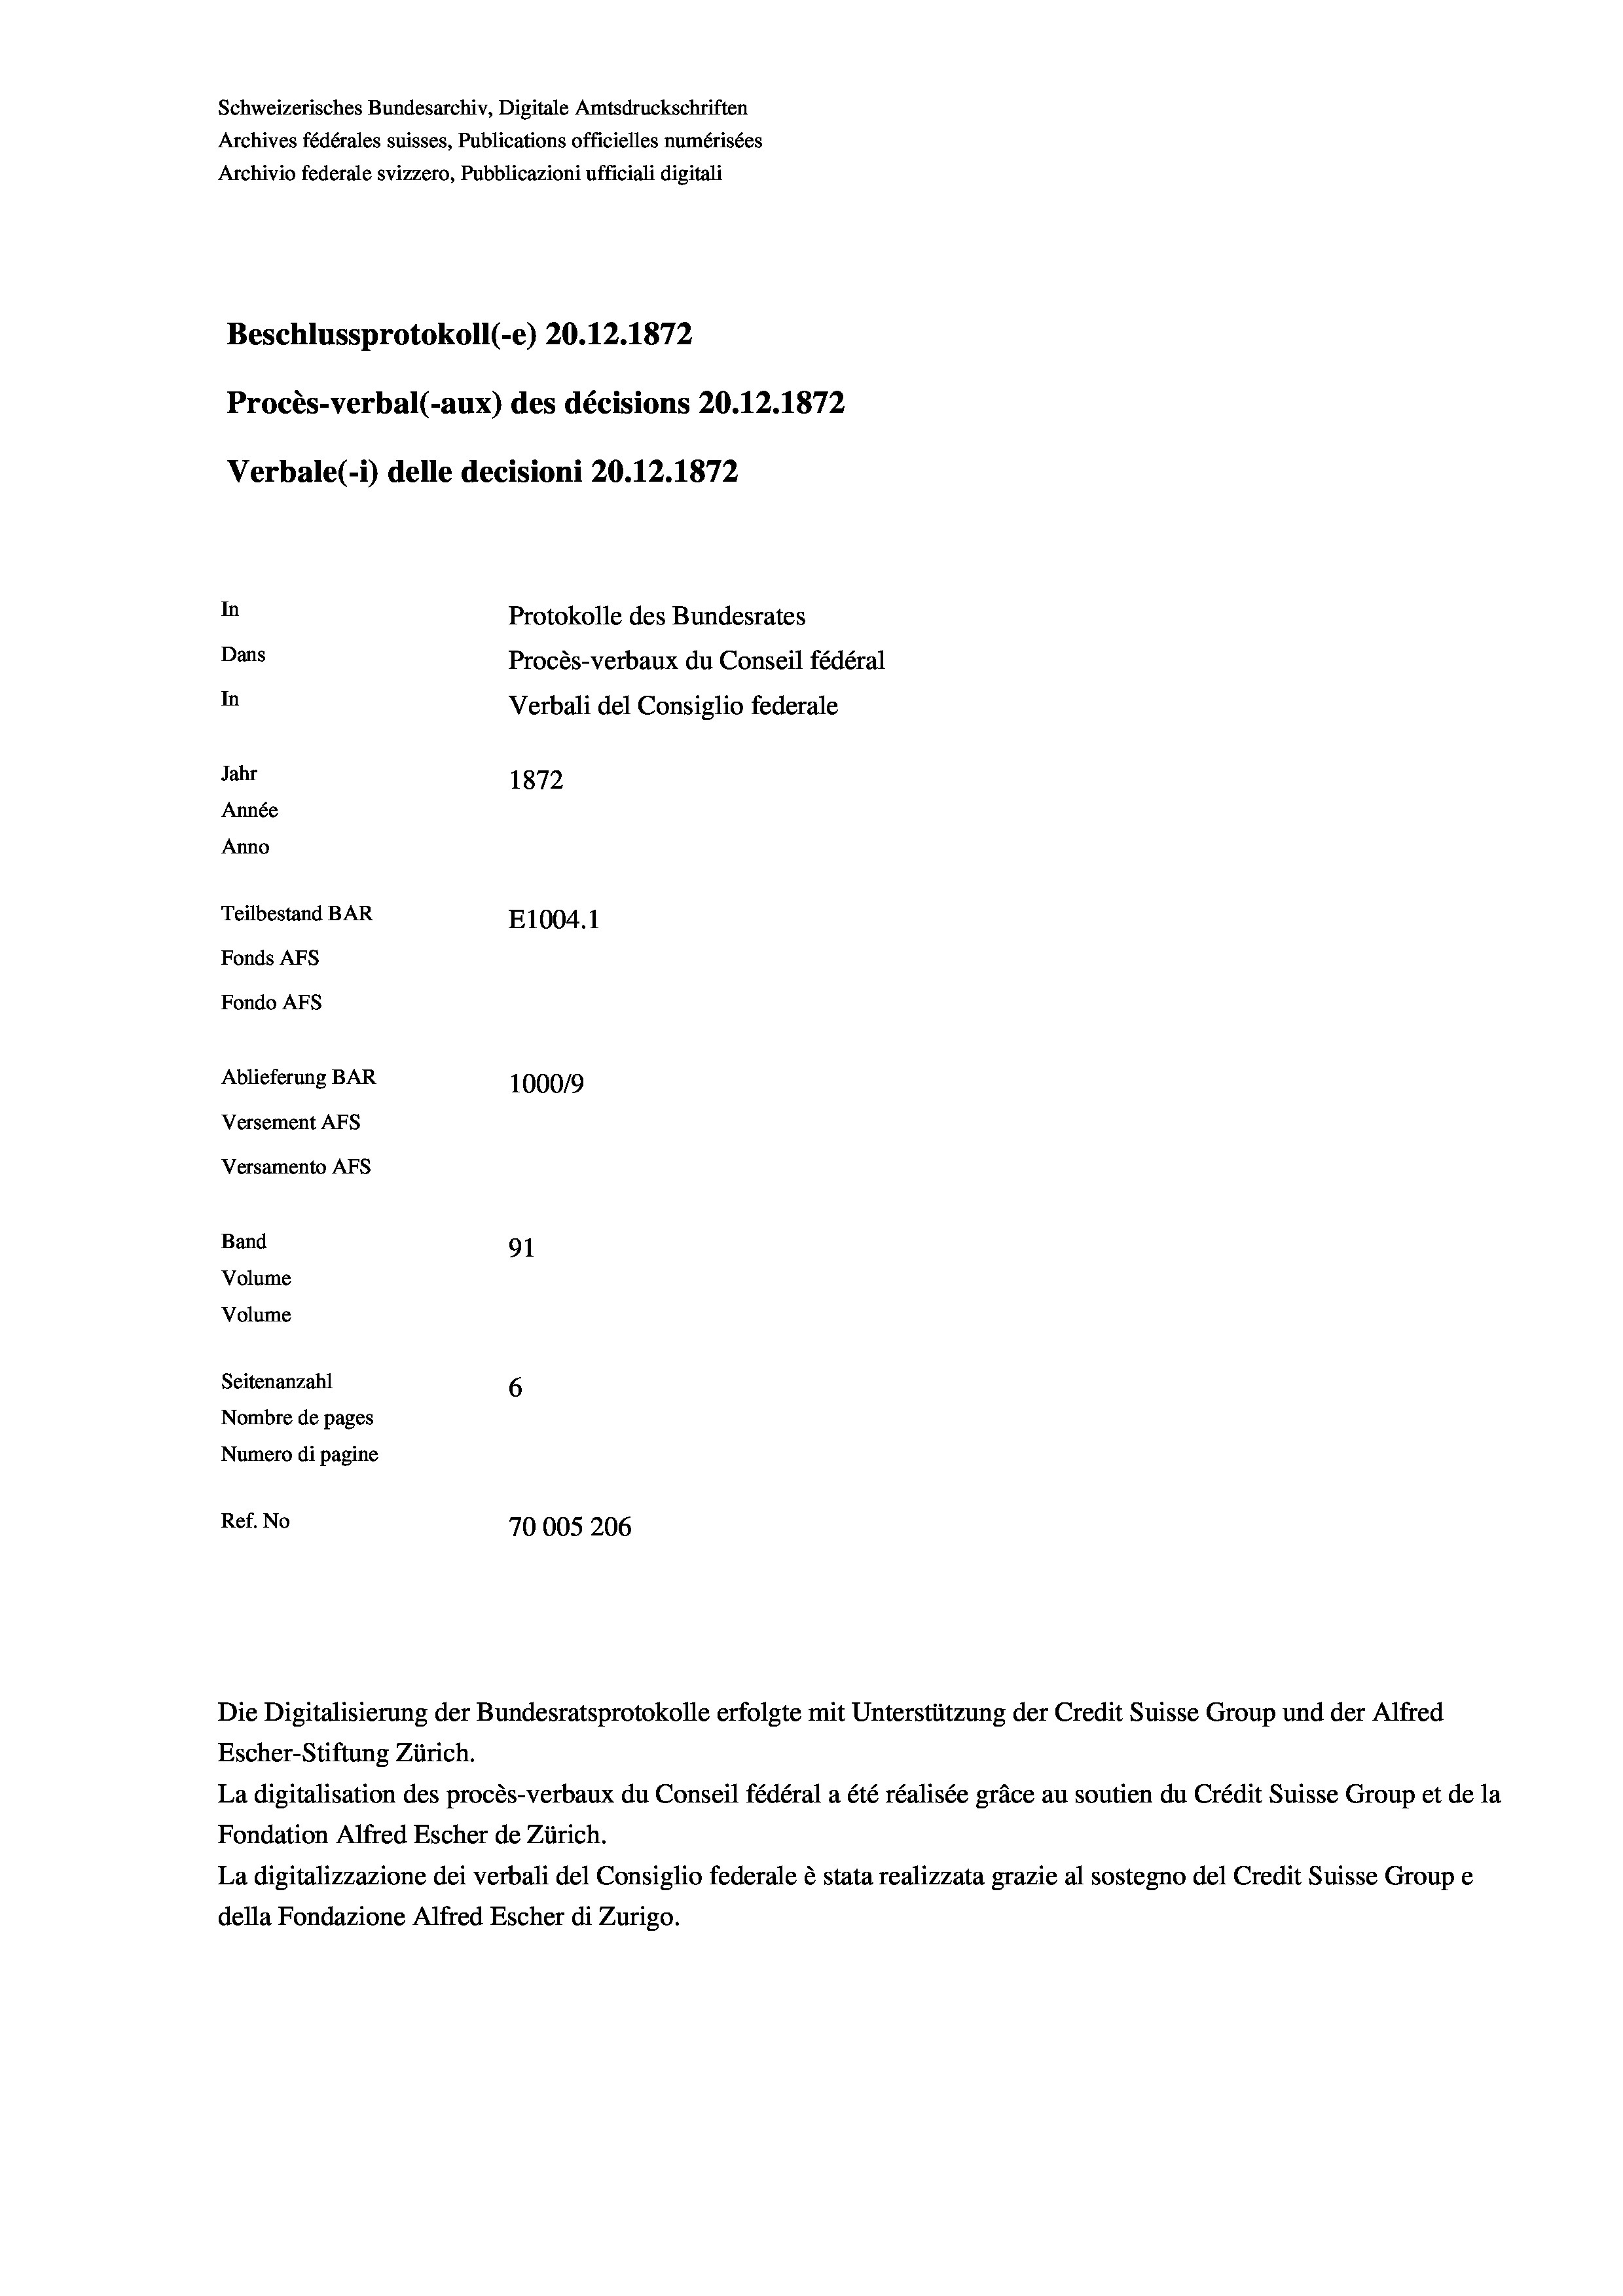
Schweizerisches Bundesarchiv, Digitale Amtsdruckschriften
Archives fédérales suisses, Publications officielles numérisées
Archivio federale svizzero, Pubblicazioni ufficiali digitali
Beschlussprotokoll (-e) 20.12.1872
Procès-verbal (-aux) des décisions 20.12.1872
Verbale (- 1) delle decisioni 20.12.1872
In
Protokolle des Bundesrates
Dans
Procès-verbaux du Conseil fédéral
In
Verbali del Consiglio federale
Jahr
1872
Année
Anno
Teilbestand BAR
E1004. 1
Fonds AFs
Fondo AFs
Ablieferung BAR
100019
Versement Abs
Versamento Afs
Band
91
Volume
Volume

Seitenanzahl
6
Nombre de pages
Numero di pagine
Ref. No
70005206

Escher-Stiftung Zürich.
La digitalisation des procès-verbaux du Conseil fédéral a été réalisée gräce au soutien du Crédit Suisse Group et de la
Fondation Alfred Escher de Zürich.
La digitalizzazione dei verbali del Consiglio federale è stata realizzata grazie al sostegno del Credit Suisse Groupe
della Fondazione Alfred Escher di Zurigo.

Die Digitalisierung der Bundesratsprotokolle erfolgte mit Unterstützung der Credit Suisse Group und der Alfred